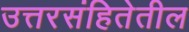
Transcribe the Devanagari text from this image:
उत्तरसंहितेतील